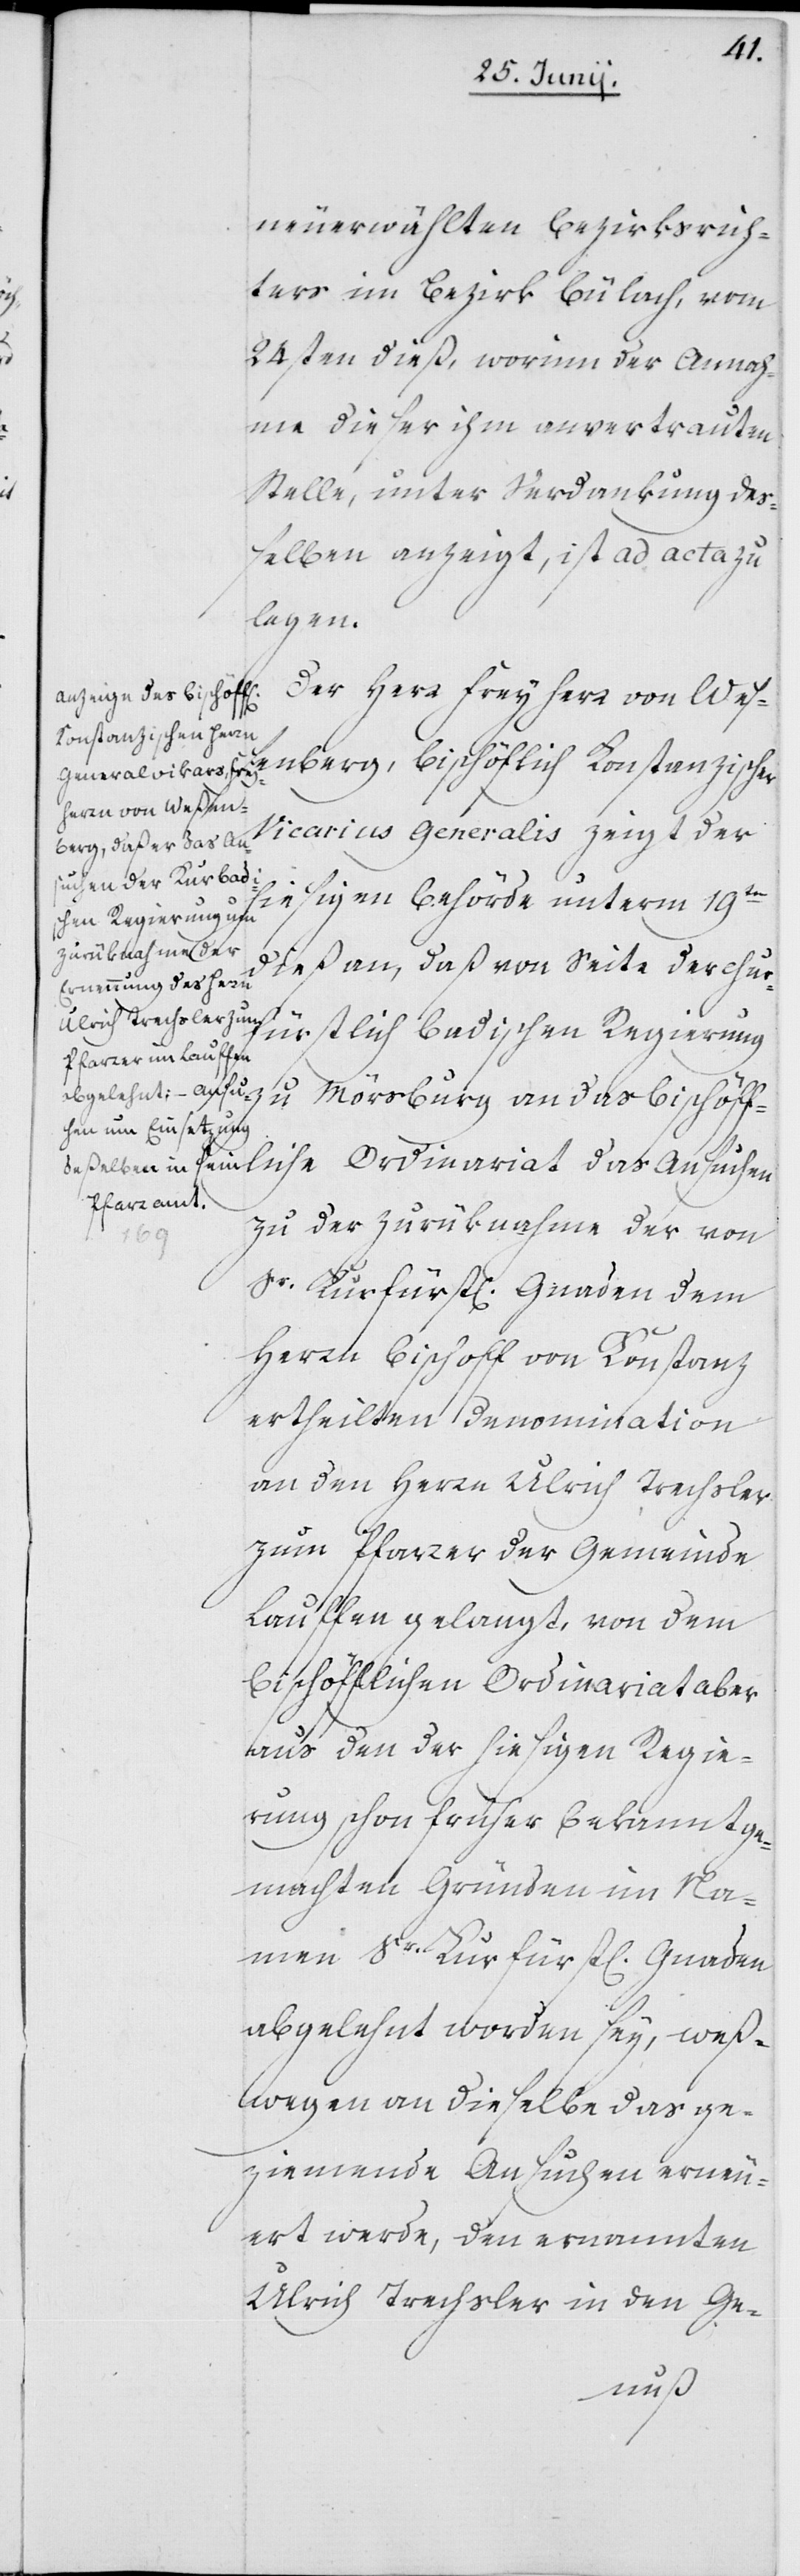
ters im Bezirk Bülach, vom
24sten dieß, worinn der Annah¬
me dieser ihm anvertrauten
Stelle, unter Verdankung deß¬
elben anzeigt, ist ad acta zu
legen.
Der Herr Freyherr von Weße¬
nberg, Bischöflich Konstanzischer
Vicarius Generalis zeigt der
hiesigen Behörde unterm 19ten
dieß an, daß von Seite der chur¬
fürstlich Badischen Regierung
zu Mörsburg an das Bischöff¬
liche Ordinariat das Ansuchen
zu der Zurücknahme der von
Sr Kurfürstl[ichen] Gnaden dem
Herrn Bischoff von Konstanz
ertheilten Denomination
an den Herrn Ulrich Trechsler
zum Pfarrer der Gemeinde
Lauffen gelangt, von dem
Bischöfflichen Ordinariat aber
aus den der hiesigen Regie¬
rung schon früher bekanntge¬
machten Gründen im Na¬
men sr Kurfürstl[ichen]
abgelehnt worden sey, weß¬
wegen an dieselbe das ge¬
ziemende Ansuchen erneu¬
ert werde, den ernannten
Ulrich Trechsler in den Ge-
rich¬